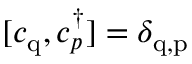
[ c _ { \mathrm { q } } , c _ { p } ^ { \dagger } ] = \delta _ { \mathrm { q , p } }